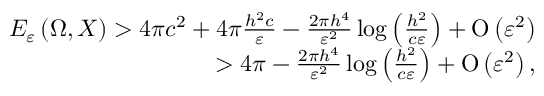
\begin{array} { r } { E _ { \varepsilon } \left( \Omega , X \right) > 4 \pi c ^ { 2 } + 4 \pi \frac { h ^ { 2 } c } { \varepsilon } - \frac { 2 \pi h ^ { 4 } } { \varepsilon ^ { 2 } } \log { \left( \frac { h ^ { 2 } } { c \varepsilon } \right) } + \ensuremath { \operatorname { O } \left( \varepsilon ^ { 2 } \right) } } \\ { > 4 \pi - \frac { 2 \pi h ^ { 4 } } { \varepsilon ^ { 2 } } \log { \left( \frac { h ^ { 2 } } { c \varepsilon } \right) } + \ensuremath { \operatorname { O } \left( \varepsilon ^ { 2 } \right) } , } \end{array}